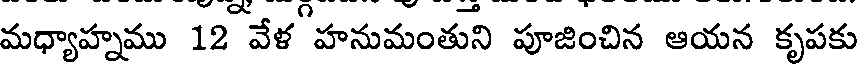
మధ్యాహ్నము 12 వేళ హనుమంతుని పూజించిన ఆయన కృపకు